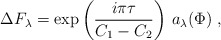
\begin{align*}\Delta F_\lambda= \exp\left(\frac{i\pi\tau}{C_1-C_2}\right)\,a_\lambda(\Phi)\;,\end{align*}